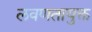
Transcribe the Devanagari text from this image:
लवणतायुक्त